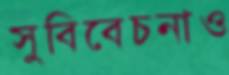
সুবিবেচনাও